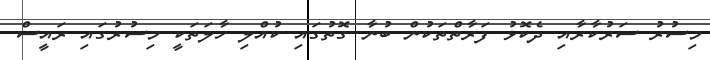
މިސުރު ސަރުކާރާއި ދެކޮޅު ފަރާތްތަކުން ބުނާ ގޮތުގައި ކުއްލި ހާލަތަކީ މިސުރުގައި ރައީސް